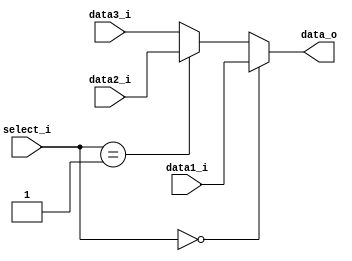
module MUX32_3(
	data1_i,
	data2_i,
	data3_i,
	select_i,
	data_o
);

input	[31:0]	data1_i, data2_i, data3_i;
input	[1:0]	select_i;
output	[31:0]	data_o;

reg	[31:0]	tmpdata_o;
assign data_o = tmpdata_o;

always @(*) begin
	if (select_i==2'b00) begin
		tmpdata_o = data1_i;
	end
	else if (select_i==2'b01) begin
		tmpdata_o = data2_i;
	end
	else begin
		tmpdata_o = data3_i;
	end
end

endmodule